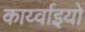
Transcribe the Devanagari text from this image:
कार्य्वाइयों